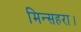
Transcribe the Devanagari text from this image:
मिन्सहरा।